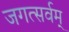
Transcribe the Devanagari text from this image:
जगत्सर्वम्